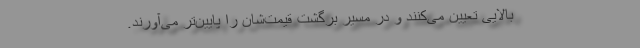
بالایی تعیین می‌کنند و در مسیر برگشت قیمت‌شان را پایین‌تر می‌آورند.